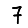
Digit: 7